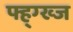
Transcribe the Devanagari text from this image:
फ्ह्ग्ख्ज